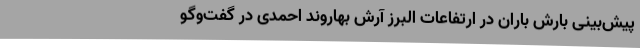
پیش‌بینی بارش باران در ارتفاعات البرز آرش بهاروند احمدی در گفت‌وگو